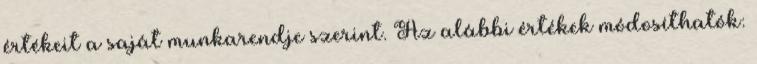
értékeit a saját munkarendje szerint. Az alábbi értékek módosíthatók: